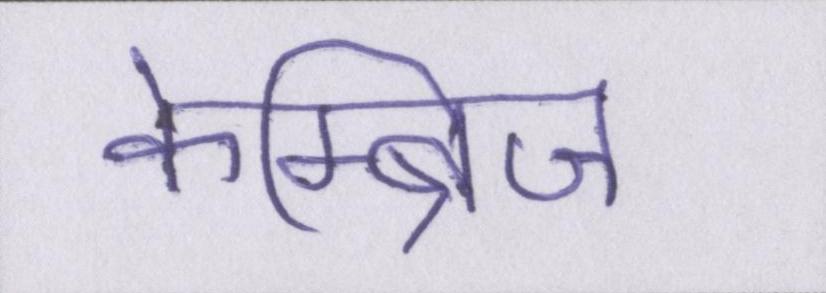
केम्ब्रिज